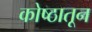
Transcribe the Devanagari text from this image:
कोष्ठातून